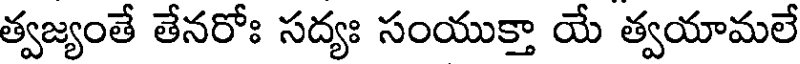
త్వజ్యంతే తేనరోః సద్యః సంయుక్తా యే త్వయామలే